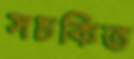
সচকিত